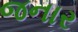
જનાર